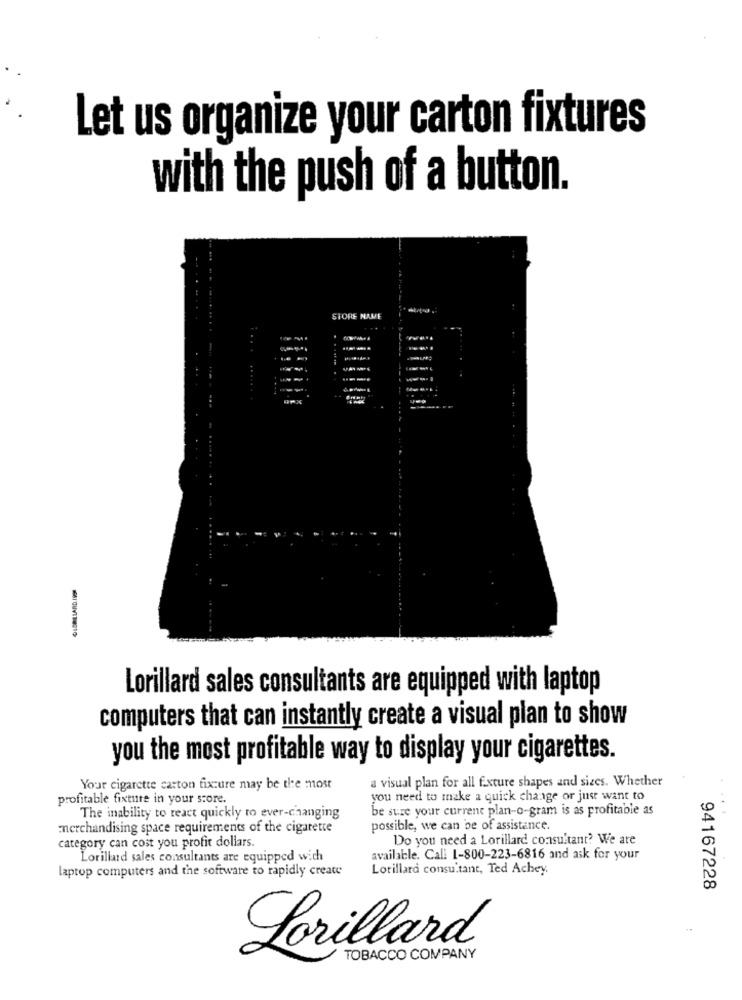
Let us organize your carton fixtures
with the push of a button.
STORE NAME
Lorillard sales consultants are equipped with laptop
computers that can instantly create a visual plan to show
you the most profitable way to display your cigarettes.
Your cigarette carton fixture may be the most
a visual plan for all fixture shapes and sizes. Whether
profitable fixture in your score.
you need to make a quick change or just want to
be sure your current plan-o-gram is as profitable as
The inability to react quickly to ever-changing
merchandising space requirements of the cigarette
possible, we can be of assistance.
category can cost you profit dollars.
Do you need a Lorillard consultant? We are
Lorillard sales consultants are equipped with
available. Call 1-800-223-6816 and ask for your
laptop computers and the software to rapidly create
Lotillard consultant, Ted Achey.
94167228
Lorillard
TOBACCO COMPANY